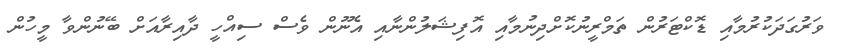
ވަރުގަދަކުރުމާއި ޑޮކްޓަރުން ތަމްރީނުކޮށްދިނުމާއި އޮފިޝަލުންނާއި އެނޫން ވެސް ސިއްހީ ދާއިރާއަށް ބޭނުންވާ މީހުން